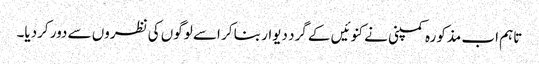
تاہم اب مذکورہ کمپنی نے کنوئیں کے گرد دیوار بنا کر اسے لوگوں کی نظروں سے دور کردیا۔